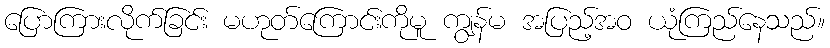
ပြောကြားလိုက်ခြင်း မဟုတ်ကြောင်းကိုမူ ကျွန်မ အပြည့်အဝ ယုံကြည်နေသည်။